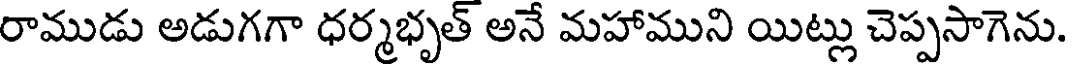
రాముడు అడుగగా ధర్మభృత్ అనే మహాముని యిట్లు చెప్పసాగెను.